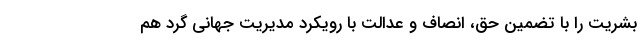
بشریت را با تضمین حق، انصاف و عدالت با رویکرد مدیریت جهانی گرد هم